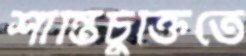
শান্তিচুক্তিতে